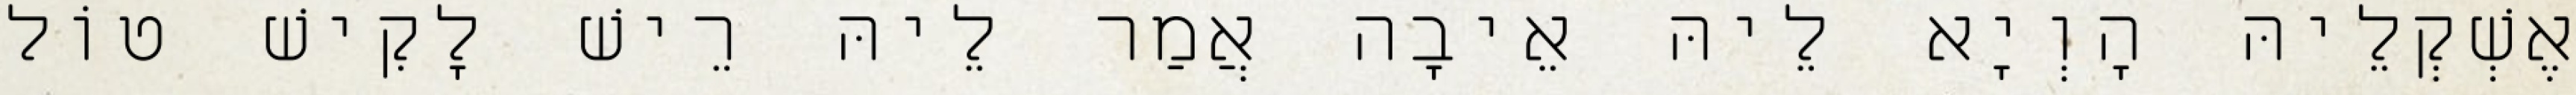
אֶשְׁקְלֵיהּ הָוְיָא לֵיהּ אֵיבָה אֲמַר לֵיהּ רֵישׁ לָקִישׁ טוֹל